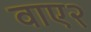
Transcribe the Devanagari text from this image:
वाए२